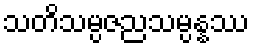
သတိသမ္ပဇညသမ္ပန္နဿ